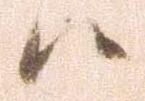
候